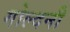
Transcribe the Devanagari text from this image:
गोल्दनी